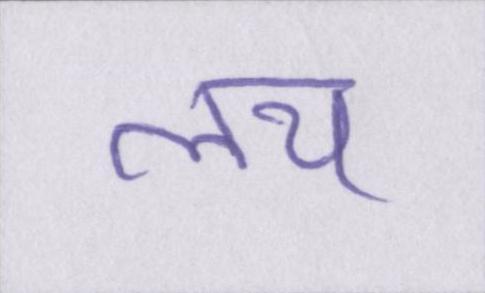
लय